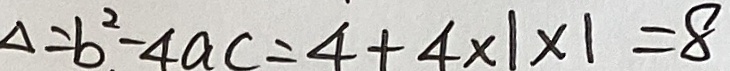
\Delta = b ^ { 2 } - 4 a c = 4 + 4 \times 1 \times 1 = 8